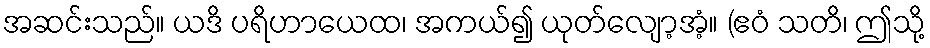
အဆင်းသည်။ ယဒိ ပရိဟာယေထ၊ အကယ်၍ ယုတ်လျော့အံ့။ (ဧဝံ သတိ၊ ဤသို့